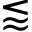
\lessapprox